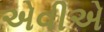
એવીએ